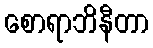
စောရာဘိနီတာ